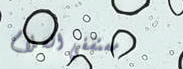
مستشفى السلام